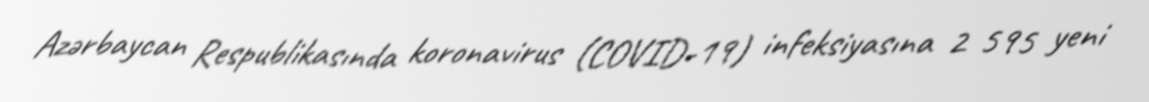
Azərbaycan Respublikasında koronavirus (COVID-19) infeksiyasına 2 595 yeni